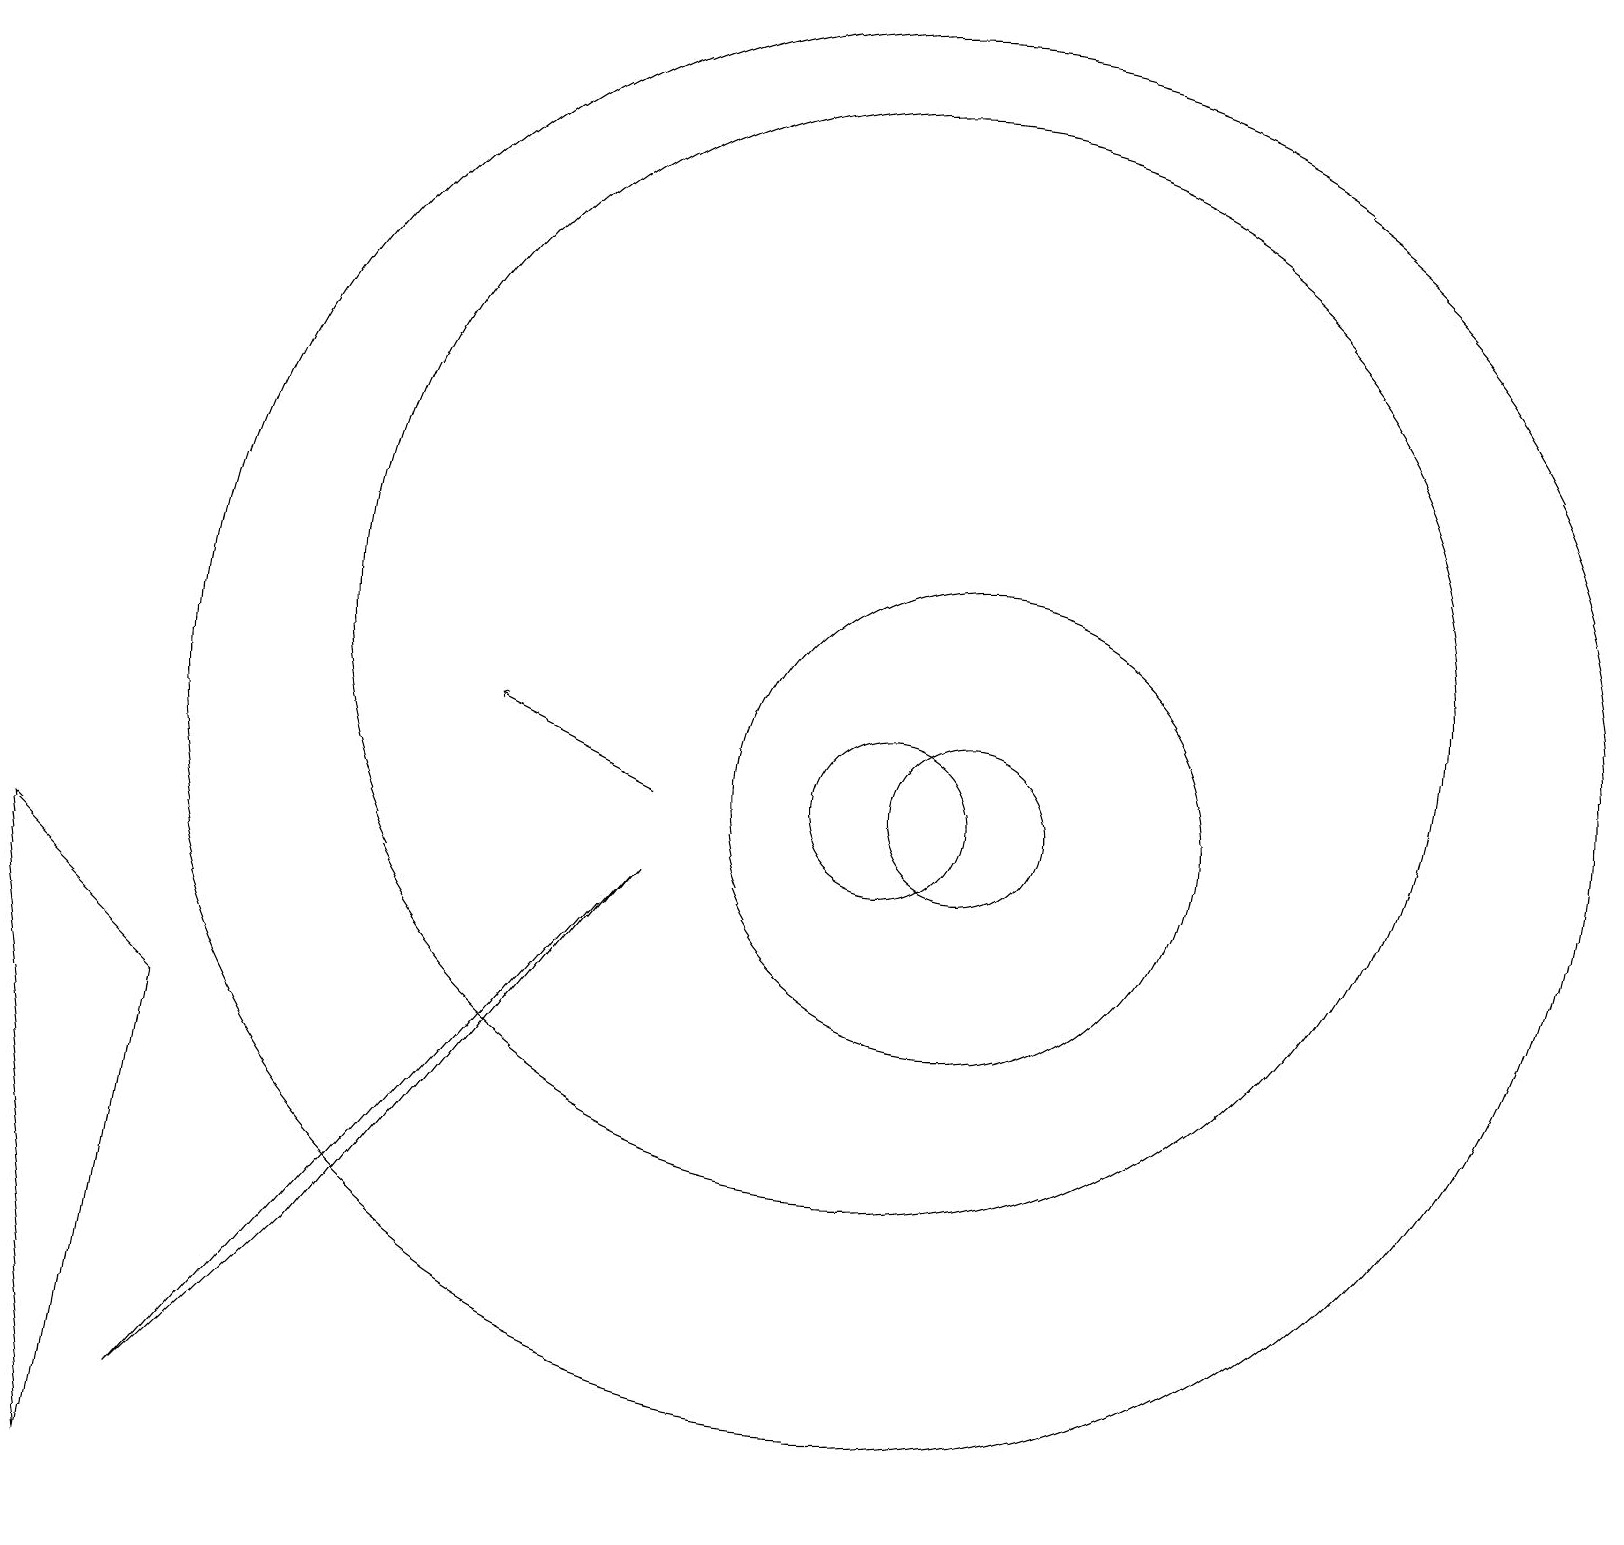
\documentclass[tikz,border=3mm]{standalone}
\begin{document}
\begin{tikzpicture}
\draw (1,1) -- (0,9) -- (2,7) -- cycle;
\draw (2,2) -- (4,4) -- (8,9) -- cycle;
\draw (11,11) circle (9);
\draw[->] (8,10) -- (6,11);
\draw (11,10) circle (1);
\draw (11,12) circle (7);
\draw (12,10) circle (3);
\draw (12,10) circle (1);
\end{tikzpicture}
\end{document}